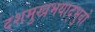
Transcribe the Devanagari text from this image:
दशमुखभयाद्भुवो